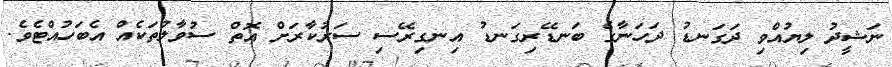
ނަޝީދު ލިޔުއްވި ދަގަނޑު ދަހަނާގެ ބަނޑޭރިގަނޑު އިނގިރޭސި ސަރުކާރަށް އޮތް ސުވާލުތަކެއް އެބަހުއްޓެވެ.